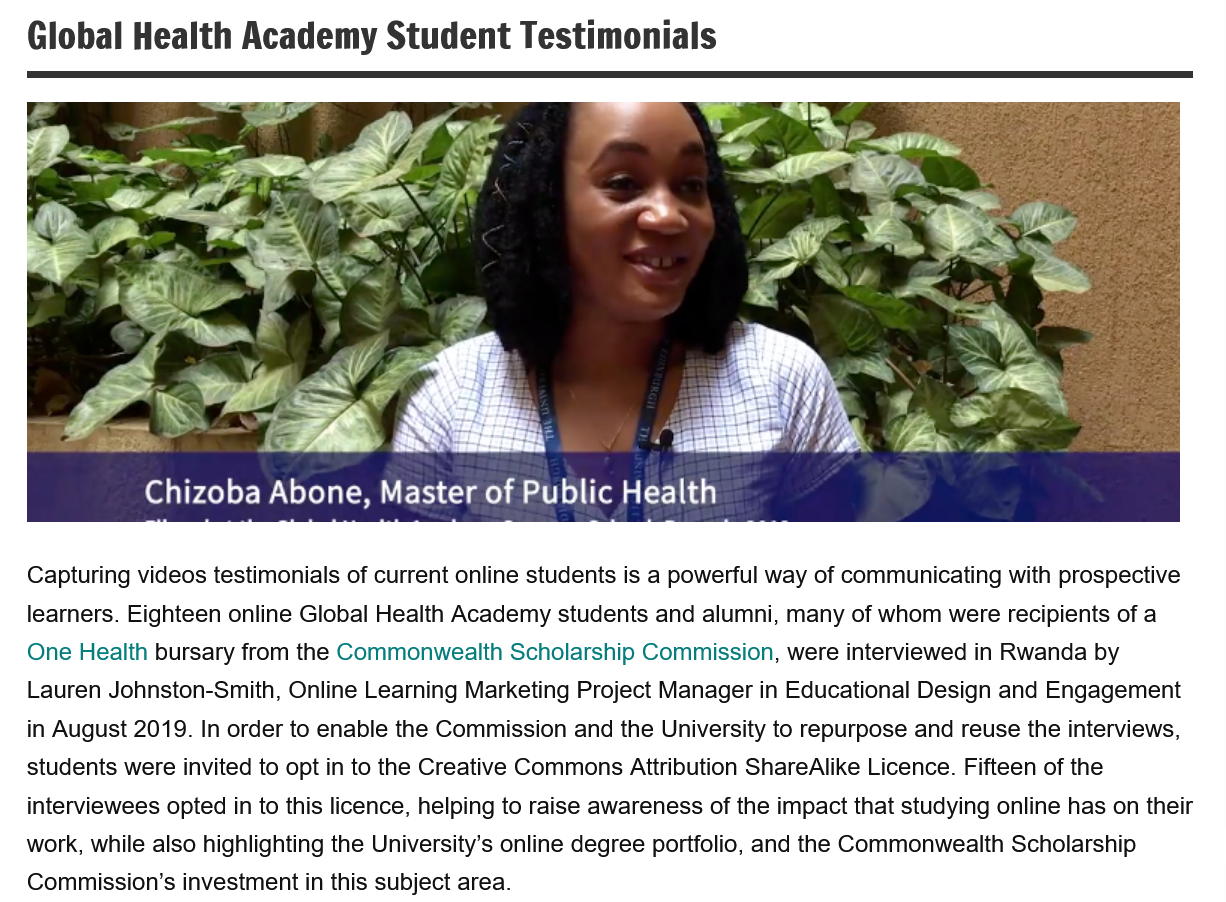
Chizoba   Abone,  Master    of Public  Health
   Capturing videos testimonials of current online students is a powerful way of communicating with prospective
   learners. Eighteen online Global Health Academy students and alumni, many of whom were recipients of a
   One Health bursary from the Commonwealth Scholarship Commission, were interviewed in Rwanda by
   Lauren Johnston-Smith, Online Learning Marketing Project Manager in Educational Design and Engagement
   in August 2019. In order to enable the Commission and the University to repurpose and reuse the interviews,
   students were invited to opt in to the Creative Commons Attribution ShareAlike Licence. Fifteen of the
   interviewees opted in to this licence, helping to raise awareness of the impact that studying online has on their
   work, while also highlighting the University’s online degree portfolio, and the Commonwealth Scholarship
   Commission’s investment in this subject area.
   Global  Health   Academy    Student    Testimonials